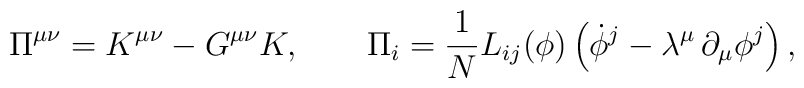
\Pi^{\mu\nu}  =K^{\mu\nu}-G^{\mu\nu}K,   \qquad \Pi_i  ={1 \over N} L_{ij}(\phi) \left( \dot{\phi}^j -  \lambda^{\mu}\,\partial_{\mu}\phi^j \right),